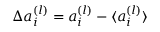
\Delta a _ { i } ^ { ( l ) } = a _ { i } ^ { ( l ) } - \langle { a _ { i } ^ { ( l ) } } \rangle